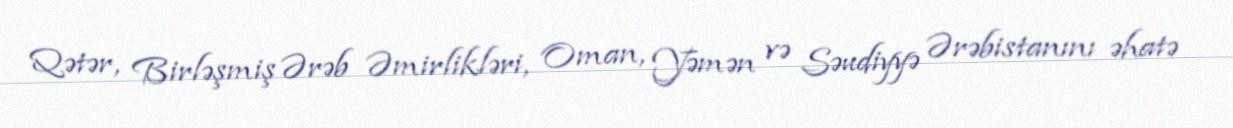
Qətər, Birləşmiş Ərəb Əmirlikləri, Oman, Yəmən və Səudiyyə Ərəbistanını əhatə